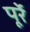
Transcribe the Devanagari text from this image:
पूर्रे